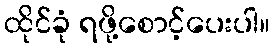
ထိုင်ခုံ ရဖို့စောင့်ပေးပါ။